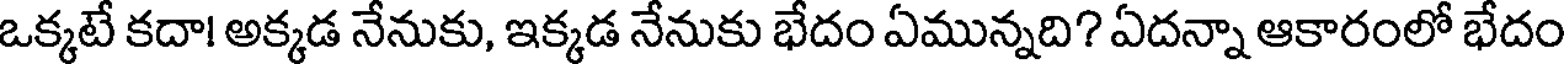
ఒక్కటే కదా! అక్కడ నేనుకు, ఇక్కడ నేనుకు భేదం ఏమున్నది? ఏదన్నా ఆకారంలో భేదం